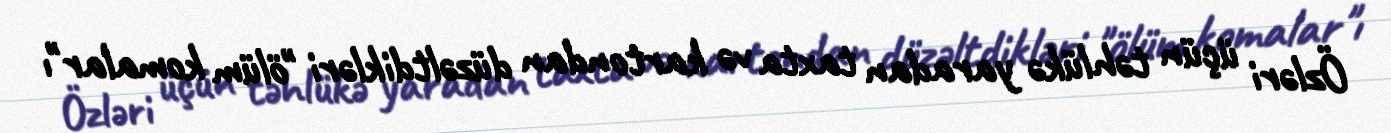
Özləri üçün təhlükə yaradan taxta və kartondan düzəltdikləri "ölüm komalar"ı